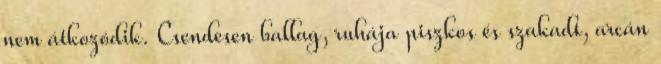
nem átkozódik. Csendesen ballag, ruhája piszkos és szakadt, arcán